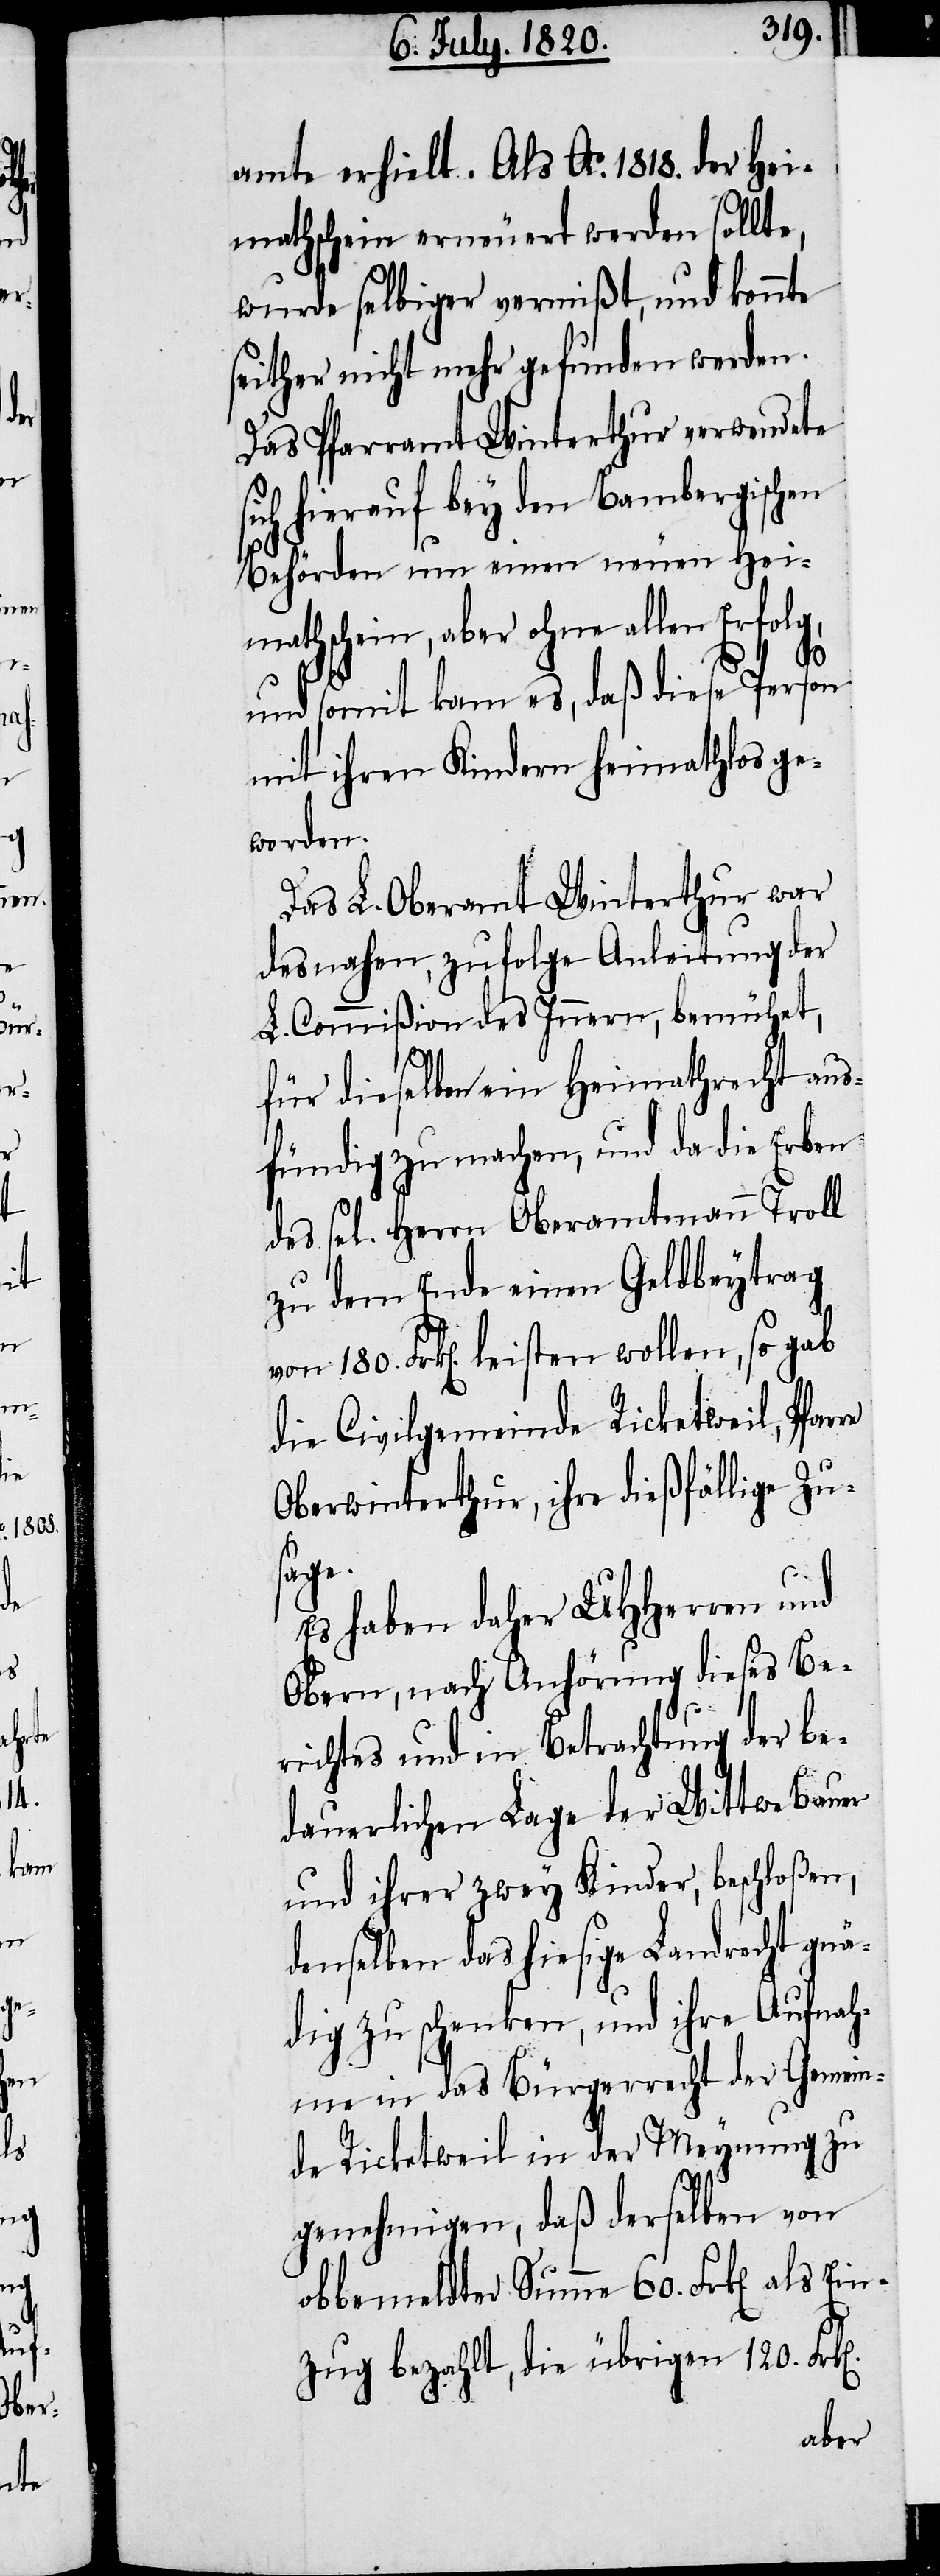
180.

leisten
k[en].

amte erhielt. Als Ao. 1818. der Hei¬
mathschein erneuert werden sollte,
wurde selbiger vermißt, und konnte
seither nicht mehr gefunden werden.
Das Pfarramt Winterthur verwendete
hierauf bey den Bambergischen
Behörden um einen neuen Hey¬
mathschein, aber ohne al¬
und somit kam es, daß diese Person
mit ihren Kindern heimathlos ge¬
worden.
Das L. Oberamt Winterthur war
desnahen, zufolge Anleitung der
L. Commißion des Innern, bemühet,
für dieselben ein Heimathrecht aus¬
fündig zu machen, und da die Erben
des
sel[igen]. Herrn Oberamtmann Troll
zu dem Ende einen Geldbeytrag
die Civilgemeinde Ricketweil, Pfar¬
Oberwinterthur, ihre dießfällige Zu¬
sage.
Es haben daher UHHerren und
Obern, nach Anhörung dieses Be¬
richtes und in Betrachtung der be¬
dauerlichen Lage der Wittwe Bauer
und ihrer zwey Kinder, beschloßen,
demselben das hiesige Landrecht gnä¬
dig zu schenken, und ihre Aufnah¬
me in das Bürgerrecht der Gemein¬
de Ricketweil in der Meynung zu
genehmigen, daß derselben von
obbemeldter Summe 60. Frk[en]. als
zug bezahlt, die übrigen 120. Fr¬